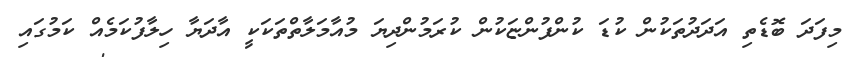
މިފަދަ ބޮޑެތި އަދަދުތަކުން ކުޑަ ކުންފުންޏަކުން ކުރަމުންދިޔަ މުއާމަލާތްތަކަކީ އާދަޔާ ހިލާފުކަމެއް ކަމުގައި